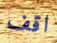
اقف